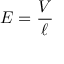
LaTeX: E = { \frac { V } { \ell } }